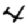
Digit: 4